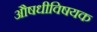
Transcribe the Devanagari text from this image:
औषधीविषयक